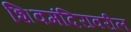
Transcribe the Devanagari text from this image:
शिवमंदिरावरील